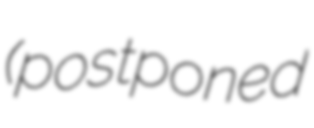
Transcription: (postponed